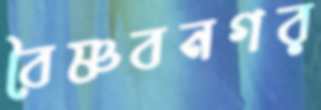
বৈষ্ণবনগর